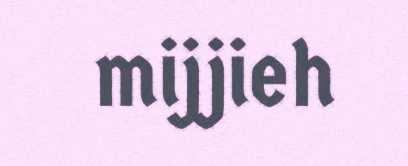
mijjieh